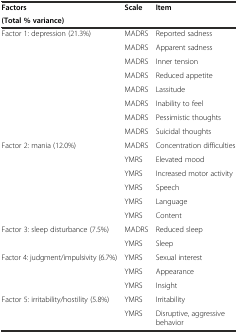
<table><thead><tr><td><b>Factors</b></td><td rowspan="2"><b>Scale</b></td><td rowspan="2"><b>Item</b></td></tr><tr><td><b>(Total % variance)</b></td></tr></thead><tbody><tr><td>Factor 1: depression (21.3%)</td><td>MADRS</td><td>Reported sadness</td></tr><tr><td rowspan="7"></td><td>MADRS</td><td>Apparent sadness</td></tr><tr><td>MADRS</td><td>Inner tension</td></tr><tr><td>MADRS</td><td>Reduced appetite</td></tr><tr><td>MADRS</td><td>Lassitude</td></tr><tr><td>MADRS</td><td>Inability to feel</td></tr><tr><td>MADRS</td><td>Pessimistic thoughts</td></tr><tr><td>MADRS</td><td>Suicidal thoughts</td></tr><tr><td>Factor 2: mania (12.0%)</td><td>MADRS</td><td>Concentration difficulties</td></tr><tr><td rowspan="5"></td><td>YMRS</td><td>Elevated mood</td></tr><tr><td>YMRS</td><td>Increased motor activity</td></tr><tr><td>YMRS</td><td>Speech</td></tr><tr><td>YMRS</td><td>Language</td></tr><tr><td>YMRS</td><td>Content</td></tr><tr><td rowspan="2">Factor 3: sleep disturbance (7.5%)</td><td>MADRS</td><td>Reduced sleep</td></tr><tr><td>YMRS</td><td>Sleep</td></tr><tr><td rowspan="3">Factor 4: judgment/impulsivity (6.7%)</td><td>YMRS</td><td>Sexual interest</td></tr><tr><td>YMRS</td><td>Appearance</td></tr><tr><td>YMRS</td><td>Insight</td></tr><tr><td rowspan="2">Factor 5: irritability/hostility (5.8%)</td><td>YMRS</td><td>Irritability</td></tr><tr><td>YMRS</td><td>Disruptive, aggressive behavior</td></tr></tbody></table>